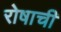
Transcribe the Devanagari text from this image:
रोषाची